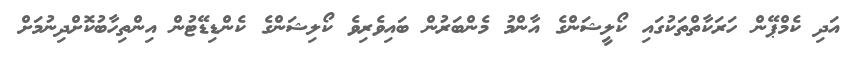
އަދި ކެމްޕޭން ހަރަކާތްތަކުގައި ކޯލީޝަންގެ އާންމު މެންބަރުން ބައިވެރިވެ ކޯލިޝަންގެ ކެންޑިޑޭޓުން އިންތިހާބުކޮށްދިނުމަށް